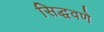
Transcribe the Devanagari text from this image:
सिद्धवणे